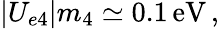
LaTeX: |U_{e4}|m_{4}\simeq 0.1\, \mathrm{eV}\, ,